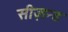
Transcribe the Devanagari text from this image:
सीज़न्ड